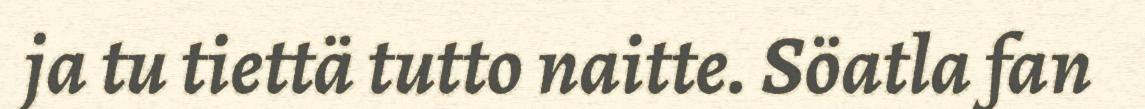
ja tu tiettä tutto naitte. Söatla fan